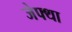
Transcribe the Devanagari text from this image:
जेफ्था